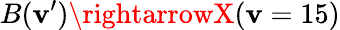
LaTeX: B(\mathbf{v}^{\prime})\rightarrowX(\mathbf{v}=15)